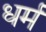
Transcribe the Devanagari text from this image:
ध्‍ार्म